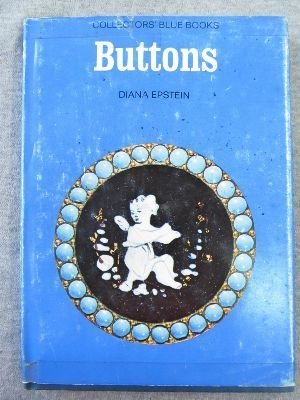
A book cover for Buttons (Collector's Blue Books); Diana Epstein; Crafts, Hobbies & Home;